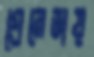
গ্রেনেডায়